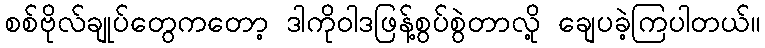
စစ်ဗိုလ်ချုပ်တွေကတော့ ဒါကိုဝါဒဖြန့်စွပ်စွဲတာလို့ ချေပခဲ့ကြပါတယ်။